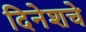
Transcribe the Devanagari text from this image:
दिनेशचे